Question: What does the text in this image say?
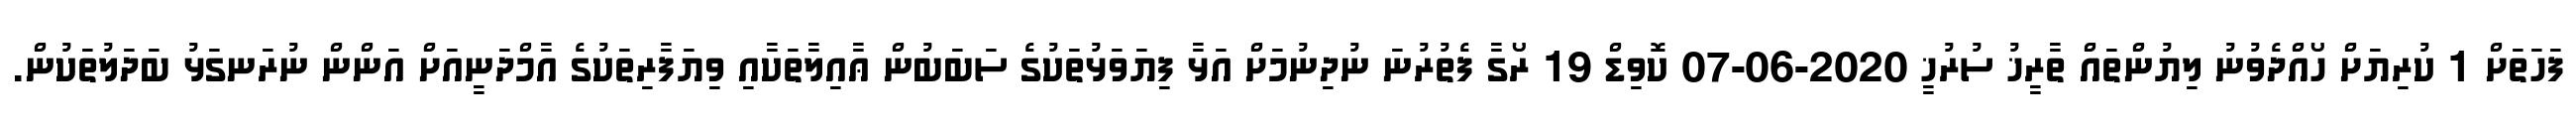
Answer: ފަހަތަށް 1 ކުރިޔަށް ހޯއްދެވުނު ލިޔުންތައް ތާރީޚު ސުރުޚީ 2020-06-07 ކޮވިޑް 19 ރޯގާ ފެތުރުނަ ނުދިނުމަށް އަޅާ ފިޔަވަޅުތަކުގެ ސަބަބުން ޢާއިލާތަކާއި ވިޔަފާރިތަކުގެ އާމްދަނީއަށް އަންން ނުރަނގަޅު ބަދަލުތަކުން.